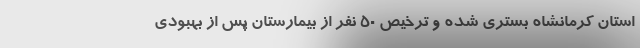
استان کرمانشاه بستری شده و ترخیص ۵۰ نفر از بیمارستان پس از بهبودی